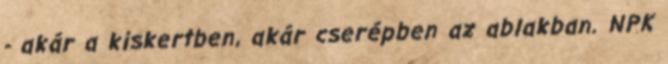
- akár a kiskertben, akár cserépben az ablakban. NPK